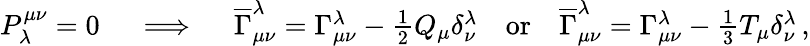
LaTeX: \begin{array}{r}{P^{\mu\nu}_{\lambda}=0\quad\implies\quad\overline{{\Gamma}}_{\mu\nu}^{\lambda}=\Gamma_{\mu\nu}^{\lambda}-\frac{1}{2}Q_{\mu}\delta_{\nu}^{\lambda}\quad\mathrm{or}\quad\overline{{\Gamma}}_{\mu\nu}^{\lambda}=\Gamma_{\mu\nu}^{\lambda}-\frac{1}{3}T_{\mu}\delta_{\nu}^{\lambda}\, ,}\end{array}